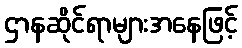
ဌာနဆိုင်ရာများအနေဖြင့်